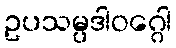
ဥပသမ္ပဒါဝဂ္ဂေါ